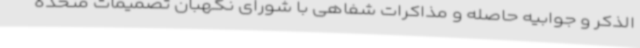
الذکر و جوابیه حاصله و مذاکرات شفاهی با شورای نگهبان تصمیمات متخذه